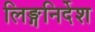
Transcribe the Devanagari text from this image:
लिङ्गनिर्देश